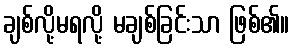
ချစ်လို့မရလို့ မချစ်ခြင်းသာ ဖြစ်၏။